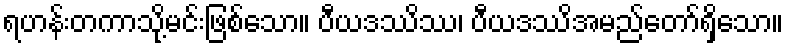
ရဟန်းတကာသို့မင်းဖြစ်သော။ ပီယဒဿိဿ၊ ပီယဒဿိအမည်တော်ရှိသော။